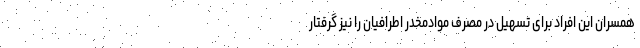
همسران این افراد برای تسهیل در مصرف موادمخدر اطرافیان را نیز گرفتار